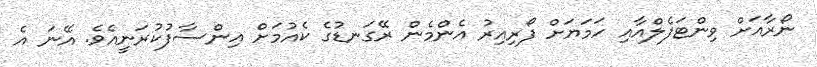
ނޯރާއަށް ވިންޓަފެލްއާއި ހަމަޔަށް ފޯރިއިރު އެންމެން ރޭގަނޑުގެ ކެއުމަށް އިންސާފުކުރަނީއެވެ. އޭނަ އެ